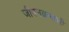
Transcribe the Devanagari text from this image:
जीवनक्रमाची